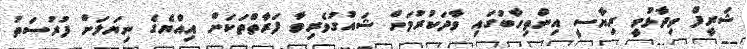
ޝަރީފް ވިދާޅުވީ ރިޔާސީ އިންތިހާބުގައި ވާދަކުރުމަށް ޝައުގުވެރިވާ ފަރާތްތަކަށް އިއްޔެގެ ނިޔަލަށް ފުރުސަތު